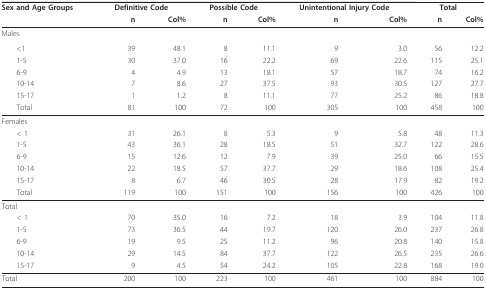
<table><thead><tr><td><b>Sex and Age Groups</b></td><td colspan="2"><b>Definitive Code</b></td><td colspan="2"><b>Possible Code</b></td><td colspan="2"><b>Unintentional Injury Code</b></td><td colspan="2"><b>Total</b></td></tr><tr><td></td><td><b>n</b></td><td><b>Col%</b></td><td><b>n</b></td><td><b>Col%</b></td><td><b>n</b></td><td><b>Col%</b></td><td><b>n</b></td><td><b>Col%</b></td></tr></thead><tbody><tr><td>Males</td><td></td><td></td><td></td><td></td><td></td><td></td><td colspan="2"></td></tr><tr><td> &lt;1</td><td>39</td><td>48.1</td><td>8</td><td>11.1</td><td>9</td><td>3.0</td><td>56</td><td>12.2</td></tr><tr><td> 1-5</td><td>30</td><td>37.0</td><td>16</td><td>22.2</td><td>69</td><td>22.6</td><td>115</td><td>25.1</td></tr><tr><td> 6-9</td><td>4</td><td>4.9</td><td>13</td><td>18.1</td><td>57</td><td>18.7</td><td>74</td><td>16.2</td></tr><tr><td> 10-14</td><td>7</td><td>8.6</td><td>27</td><td>37.5</td><td>93</td><td>30.5</td><td>127</td><td>27.7</td></tr><tr><td> 15-17</td><td>1</td><td>1.2</td><td>8</td><td>11.1</td><td>77</td><td>25.2</td><td>86</td><td>18.8</td></tr><tr><td> Total</td><td>81</td><td>100</td><td>72</td><td>100</td><td>305</td><td>100</td><td>458</td><td>100</td></tr><tr><td>Females</td><td></td><td></td><td></td><td></td><td></td><td></td><td></td><td></td></tr><tr><td> &lt; 1</td><td>31</td><td>26.1</td><td>8</td><td>5.3</td><td>9</td><td>5.8</td><td>48</td><td>11.3</td></tr><tr><td> 1-5</td><td>43</td><td>36.1</td><td>28</td><td>18.5</td><td>51</td><td>32.7</td><td>122</td><td>28.6</td></tr><tr><td> 6-9</td><td>15</td><td>12.6</td><td>12</td><td>7.9</td><td>39</td><td>25.0</td><td>66</td><td>15.5</td></tr><tr><td> 10-14</td><td>22</td><td>18.5</td><td>57</td><td>37.7</td><td>29</td><td>18.6</td><td>108</td><td>25.4</td></tr><tr><td> 15-17</td><td>8</td><td>6.7</td><td>46</td><td>30.5</td><td>28</td><td>17.9</td><td>82</td><td>19.2</td></tr><tr><td> Total</td><td>119</td><td>100</td><td>151</td><td>100</td><td>156</td><td>100</td><td>426</td><td>100</td></tr><tr><td>Total</td><td></td><td></td><td></td><td></td><td></td><td></td><td></td><td></td></tr><tr><td> &lt; 1</td><td>70</td><td>35.0</td><td>16</td><td>7.2</td><td>18</td><td>3.9</td><td>104</td><td>11.8</td></tr><tr><td> 1-5</td><td>73</td><td>36.5</td><td>44</td><td>19.7</td><td>120</td><td>26.0</td><td>237</td><td>26.8</td></tr><tr><td> 6-9</td><td>19</td><td>9.5</td><td>25</td><td>11.2</td><td>96</td><td>20.8</td><td>140</td><td>15.8</td></tr><tr><td> 10-14</td><td>29</td><td>14.5</td><td>84</td><td>37.7</td><td>122</td><td>26.5</td><td>235</td><td>26.6</td></tr><tr><td> 15-17</td><td>9</td><td>4.5</td><td>54</td><td>24.2</td><td>105</td><td>22.8</td><td>168</td><td>19.0</td></tr><tr><td>Total</td><td>200</td><td>100</td><td>223</td><td>100</td><td>461</td><td>100</td><td>884</td><td>100</td></tr></tbody></table>